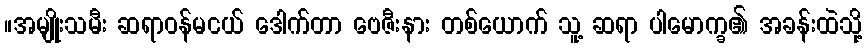
။အမျိုးသမီး ဆရာဝန်မငယ် ဒေါက်တာ ဗေဇီးနား တစ်ယောက် သူ့ ဆရာ ပါမောက္ခ၏ အခန်းထဲသို့